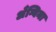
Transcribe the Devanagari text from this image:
अँग्विना